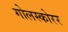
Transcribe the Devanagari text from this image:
गोलस्कोरर